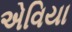
એવિયા